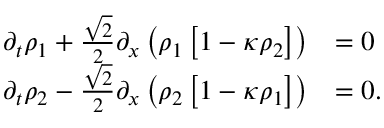
\begin{array} { r l } { \partial _ { t } \rho _ { 1 } + \frac { \sqrt { 2 } } { 2 } \partial _ { x } \left( \rho _ { 1 } \left[ 1 - \kappa \rho _ { 2 } \right] \right) } & { = 0 } \\ { \partial _ { t } \rho _ { 2 } - \frac { \sqrt { 2 } } { 2 } \partial _ { x } \left( \rho _ { 2 } \left[ 1 - \kappa \rho _ { 1 } \right] \right) } & { = 0 . } \end{array}